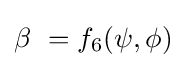
\beta \ =f_{6}(\psi ,\phi )